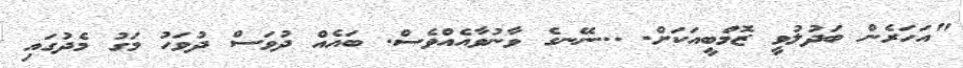
"އަހަރެން ބަދުލުވީ ޒޮމްބީއަކަށް. ...ނޭނގެ ވާނުވާއެއްވެސް. ބައެއް ދުވަސް ދުވަހު މަގު މެދުގައި